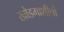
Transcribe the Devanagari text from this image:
खोडमाशीची